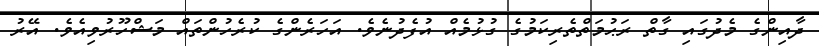
ދާއިންގެ މެދުގައި ގާތް ރަޙުމަތްތެރިކަމުގެ ގުޅުމެއް އުފެދުނެވެ. އަހަރެންގެ ކުރެހުންތައް މަޝްހޫރުވިއެވެ. އޭރު